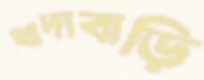
খাদাবাড়ি